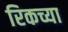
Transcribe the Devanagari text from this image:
रिकच्या